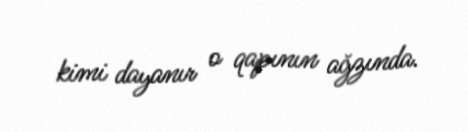
kimi dayanır o qapının ağzında.